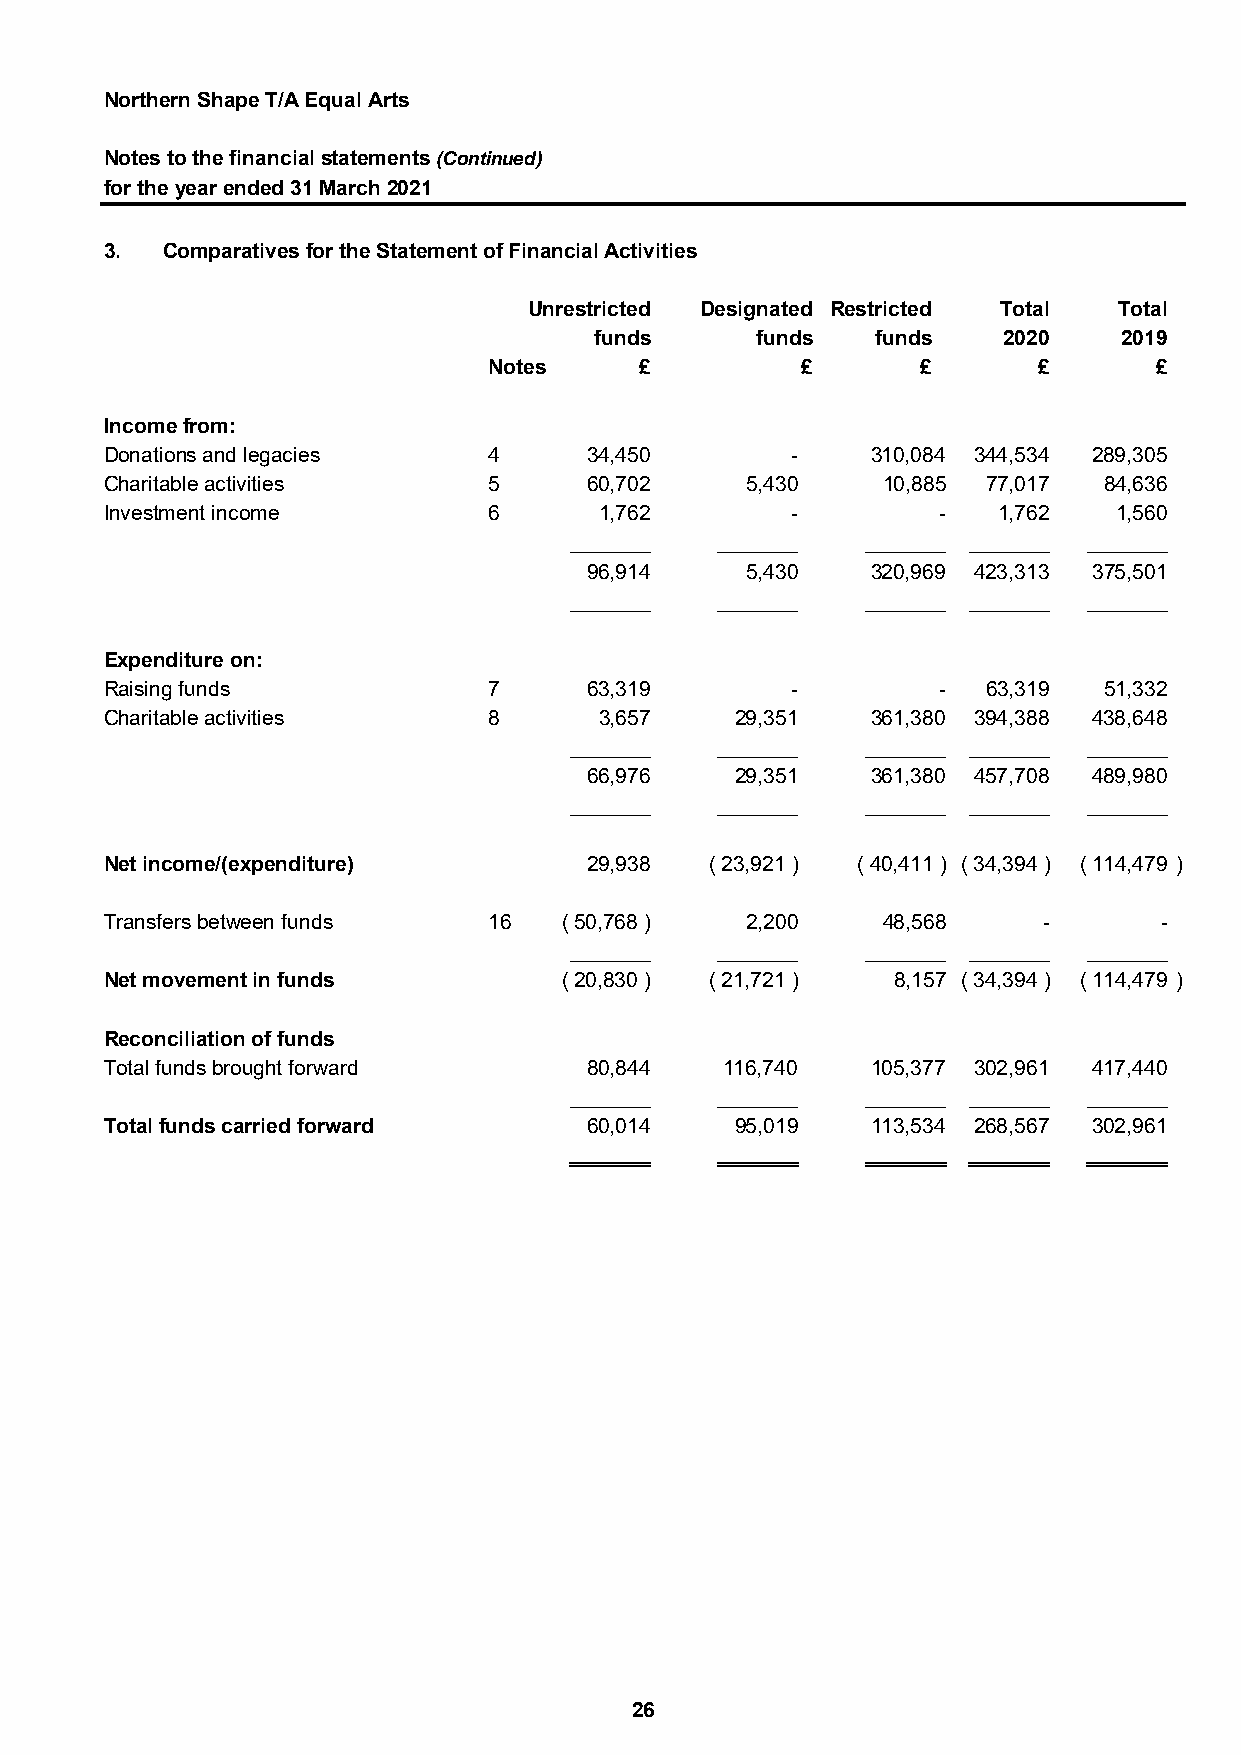
Northern Shape T/A Equal Arts
 Notes to the financial statements (Continued)
 for the year ended 31 March 2021
 3.  Comparatives for the Statement of Financial Activities
 Unrestricted Designated Restricted Total Total
 funds      funds   funds   2020    2019
 Notes     £          £       £       £      £
 Income from:
 Donations and legacies   4      34,450       -     310,084 344,534 289,305
 Charitable activities    5      60,702    5,430    10,885 77,017  84,636
 Investment income        6       1,762       -         -   1,762   1,560
 _______  _______   _______ _______ _______
 96,914    5,430    320,969 423,313 375,501
 _______  _______   _______ _______ _______
 Expenditure on:
 Raising funds            7      63,319       -         -  63,319  51,332
 Charitable activities    8       3,657    29,351   361,380 394,388 438,648
 _______  _______   _______ _______ _______
 66,976    29,351   361,380 457,708 489,980
 _______  _______   _______ _______ _______
 Net income/(expenditure)        29,938  ( 23,921 ) ( 40,411 ) ( 34,394 ) ( 114,479 )
 Transfers between funds  16   ( 50,768 )  2,200    48,568     -       -
 _______  _______   _______ _______ _______
 Net movement in funds         ( 20,830 ) ( 21,721 ) 8,157 ( 34,394 ) ( 114,479 )
 Reconciliation of funds
 Total funds brought forward     80,844   116,740   105,377 302,961 417,440
 _______  _______   _______ _______ _______
 Total funds carried forward     60,014    95,019   113,534 268,567 302,961
 _______  _______   _______ _______ _______
 26